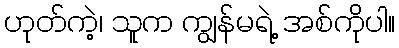
ဟုတ်ကဲ့၊ သူက ကျွန်မရဲ့ အစ်ကိုပါ။